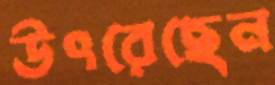
উৎরেছেন